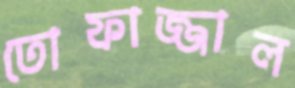
তোফাজ্জাল